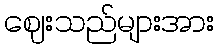
ဈေးသည်များအား